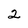
Character: 2